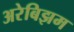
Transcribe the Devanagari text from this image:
अरेबिझम